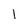
Character: 1